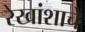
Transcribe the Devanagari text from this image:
रेखांशाचे